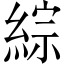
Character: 綜